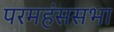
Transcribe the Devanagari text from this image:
परमहंससभा